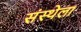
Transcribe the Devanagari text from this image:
संस्‍थ्‍ोला